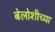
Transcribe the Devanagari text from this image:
बेलोशीच्या